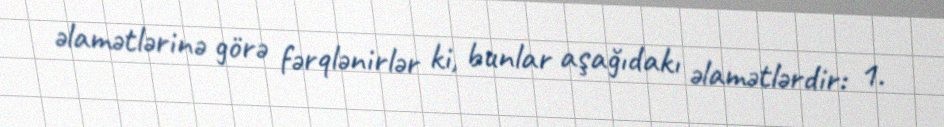
əlamətlərinə görə fərqlənirlər ki, bunlar aşağıdakı əlamətlərdir: 1.